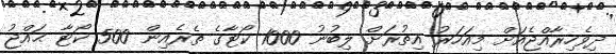
ދިވެހިރާއްޖެއަށް މިއަހަރު އިތުރަށް ލިބުނު 1000 ކޯޓާގެ ތެރެއިން 500 ކޯޓާ ޙައްޖު